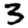
Digit: 3